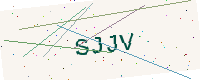
Text: SJJV